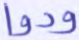
ودوا